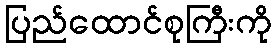
ပြည်ထောင်စုကြီးကို